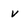
Character: v